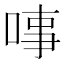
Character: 𠶝